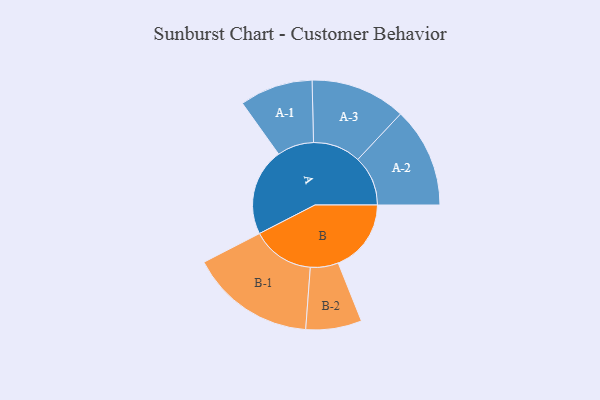
{"axis": {"x": "Segment", "y": "Value"}, "legend": ["", "A", "B"], "data": [{"x": "A", "y": 363, "type": ""}, {"x": "B", "y": 303, "type": ""}, {"x": "A-1", "y": 152, "type": "A"}, {"x": "A-2", "y": 208, "type": "A"}, {"x": "A-3", "y": 198, "type": "A"}, {"x": "B-1", "y": 260, "type": "B"}, {"x": "B-2", "y": 116, "type": "B"}]}